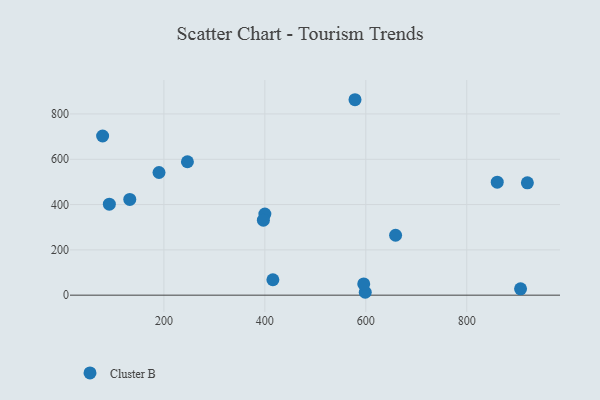
{"axis": {"x": "Experience", "y": "Profit"}, "legend": ["Cluster B"], "data": [{"x": "578.6", "y": 862.8, "type": "Cluster B"}, {"x": "400.0", "y": 358.2, "type": "Cluster B"}, {"x": "598.9", "y": 12.8, "type": "Cluster B"}, {"x": "920.1", "y": 496.0, "type": "Cluster B"}, {"x": "415.9", "y": 68.0, "type": "Cluster B"}, {"x": "190.3", "y": 541.5, "type": "Cluster B"}, {"x": "659.0", "y": 264.5, "type": "Cluster B"}, {"x": "595.9", "y": 49.6, "type": "Cluster B"}, {"x": "906.6", "y": 28.0, "type": "Cluster B"}, {"x": "397.1", "y": 331.1, "type": "Cluster B"}, {"x": "132.4", "y": 422.7, "type": "Cluster B"}, {"x": "78.6", "y": 702.7, "type": "Cluster B"}, {"x": "91.9", "y": 401.9, "type": "Cluster B"}, {"x": "860.4", "y": 498.7, "type": "Cluster B"}, {"x": "246.6", "y": 588.9, "type": "Cluster B"}]}